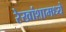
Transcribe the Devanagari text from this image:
रेखांशामध्ये